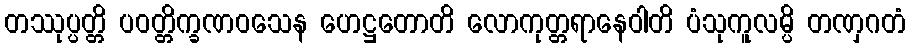
တဿုပ္ပတ္တိ ပဝတ္တိက္ခဏဝသေန ဟေဋ္ဌတောတိ လောကုတ္တရာနေဝါတိ ပံသုကူလမ္ပိ တဏှဂတံ